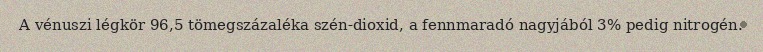
A vénuszi légkör 96,5 tömegszázaléka szén-dioxid, a fennmaradó nagyjából 3% pedig nitrogén.